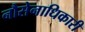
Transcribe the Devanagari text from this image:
नौसेनाधिकारी